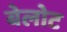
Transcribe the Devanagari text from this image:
बेलोट